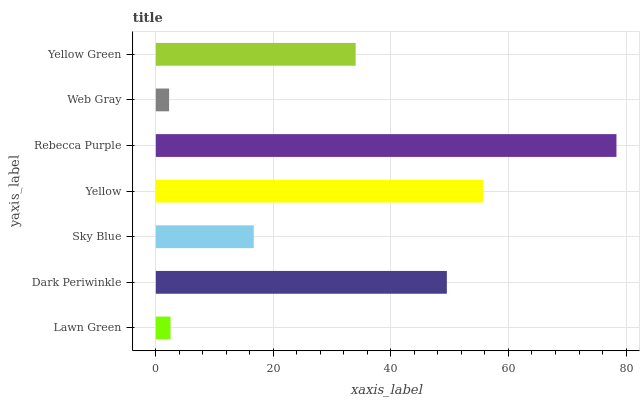
| yaxis_label | bars |
 | --- | --- |
 | Lawn Green | 2.5 |
 | Dark Periwinkle | 49.5 |
 | Sky Blue | 16.7 |
 | Yellow | 55.7 |
 | Rebecca Purple | 78.4 |
 | Web Gray | 2.26 |
 | Yellow Green | 34 |